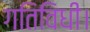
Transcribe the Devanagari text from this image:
गतिविधी।